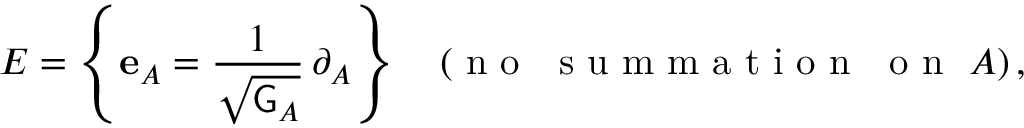
E = \left\{ \mathbf { e } _ { A } = \frac { 1 } { \sqrt { \mathsf { G } _ { A } } } \, \partial _ { A } \right\} \quad ( \mathrm { ~ n ~ o ~ ~ ~ s ~ u ~ m ~ m ~ a ~ t ~ i ~ o ~ n ~ ~ ~ o ~ n ~ } ~ A ) \, ,